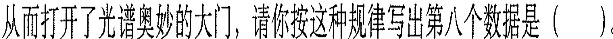
从而打开了光谱奥妙的大门，请你按这种规则写出第八个数据是（）。